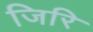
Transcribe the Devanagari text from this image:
जिरि